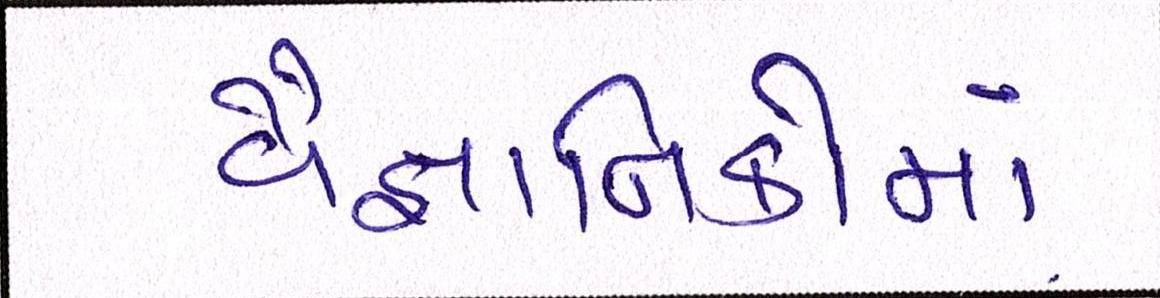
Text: વૈજ્ઞાાનિકોમાં